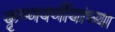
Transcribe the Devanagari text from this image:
कृष्णवर्णीयांच्या